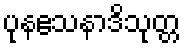
ပုနဧသနာဒိသုတ္တ